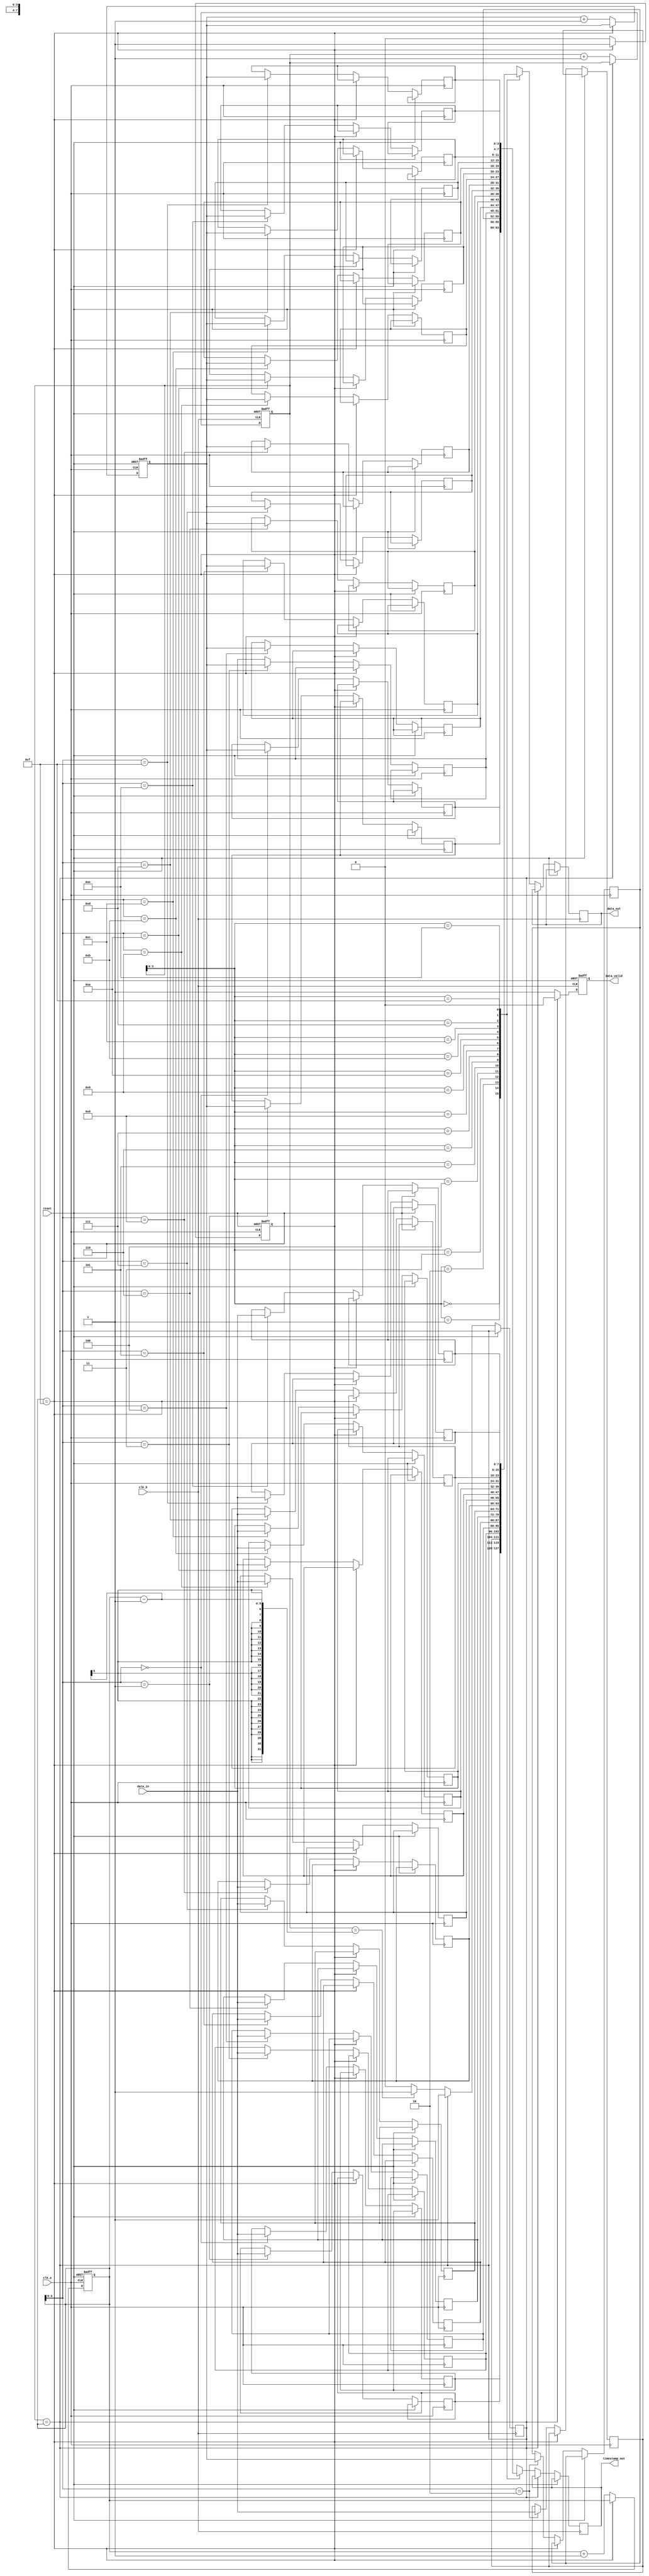
module time_stamped_synchronizer (
    input wire        clk_a,          // Clock domain A
    input wire        clk_b,          // Clock domain B
    input wire        reset,          // Asynchronous reset
    input wire [7:0] data_in,        // Data input from Clock_A
    output reg [7:0] data_out,       // Synchronized data output to Clock_B
    output reg [3:0] timestamp_out,  // Time stamp output to Clock_B
    output reg       data_valid       // Data valid signal for Clock_B
);

    // FIFO parameters
    parameter FIFO_DEPTH = 16;       // FIFO depth
    reg [7:0] fifo_data[FIFO_DEPTH-1:0]; // FIFO data storage
    reg [3:0] fifo_timestamp[FIFO_DEPTH-1:0]; // FIFO timestamp storage
    reg [4:0] write_pointer;          // FIFO write pointer
    reg [4:0] read_pointer;           // FIFO read pointer
    reg       fifo_full;              // FIFO full flag
    reg       fifo_empty;             // FIFO empty flag

    // Time stamp generator (simple counter in this case)
    reg [3:0] timestamp;              

    // Write logic on Clock_A
    always @(posedge clk_a or posedge reset) begin
        if (reset) begin
            write_pointer <= 0;
            fifo_full <= 0;
            timestamp <= 0;
        end else begin
            if (!fifo_full) begin
                // Store data and its timestamp into FIFO
                fifo_data[write_pointer] <= data_in;
                fifo_timestamp[write_pointer] <= timestamp;
                write_pointer <= write_pointer + 1;
                // Increment time stamp
                timestamp <= timestamp + 1;
                // Check FIFO full condition
                if (write_pointer == FIFO_DEPTH - 1) begin
                    fifo_full <= 1;
                end
            end
        end
    end

    // Read logic on Clock_B
    always @(posedge clk_b or posedge reset) begin
        if (reset) begin
            read_pointer <= 0;
            data_valid <= 0;
        end else begin
            if (!fifo_empty) begin
                // Read data and its timestamp from FIFO
                data_out <= fifo_data[read_pointer];
                timestamp_out <= fifo_timestamp[read_pointer];
                data_valid <= 1;
                read_pointer <= read_pointer + 1;

                // Check FIFO empty condition
                if (read_pointer == write_pointer - 1) begin
                    fifo_empty <= 1;
                end
            end else begin
                data_valid <= 0;
            end
        end
    end

    // FIFO empty/full conditions
    always @(*) begin
        fifo_empty = (read_pointer == write_pointer);
        fifo_full = (write_pointer == (FIFO_DEPTH - 1));
    end

endmodule